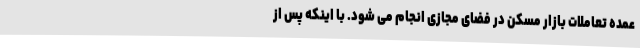
عمده تعاملات بازار مسکن در فضای مجازی انجام می شود. با اینکه پس از